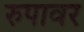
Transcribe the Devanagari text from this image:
रुपावर